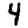
Digit: 4